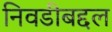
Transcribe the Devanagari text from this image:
निवडीबद्दल